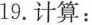
19.计算：